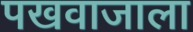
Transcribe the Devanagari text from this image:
पखवाजाला